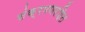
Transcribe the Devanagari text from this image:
संक्रमणरहित